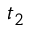
t _ { 2 }